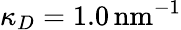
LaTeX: \kappa_{D}=1.0\, \textrm{nm}^{-1}